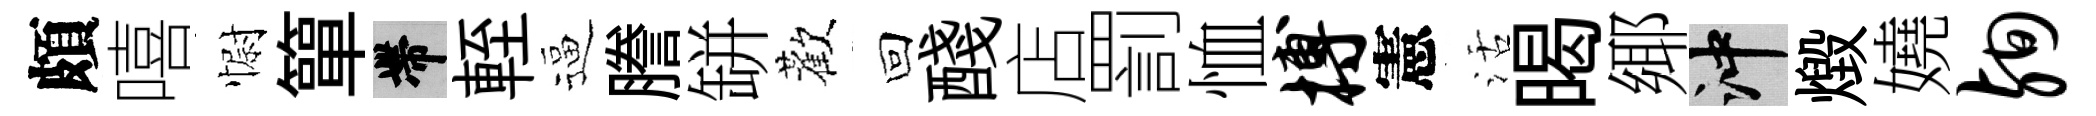
頗嘻𢠢簞帶輊逼謄缾歡回醆店罰恤搏憲活暍鄊冲燬嬈殉